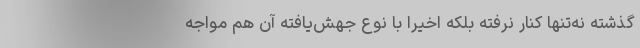
گذشته نه‌تنها کنار نرفته بلکه اخیرا با نوع جهش‌یافته آن هم مواجه